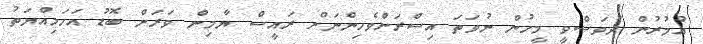
އުމުރުން ދުވަސްވީ މީހުން ނުވަތަ އިސްރަށްވެހިންނަށް ރައީސް ޔާމިން ވަރަށް ބޮޑު އަހަމިއްޔަތު